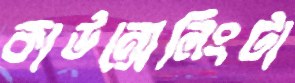
কাউন্সেলিংটা